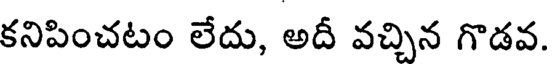
కనిపించటం లేదు, అదీ వచ్చిన గొడవ.